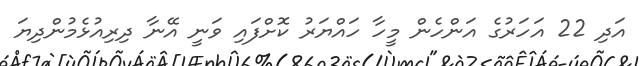
އަދި 22 އަހަރުގެ އަންހެން މީހާ ހައްޔަރު ކޮށްފައި ވަނީ އޭނާ ދިރިއުޅެމުންދިޔަ